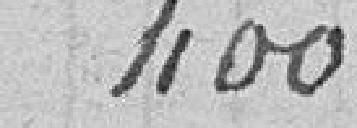
400